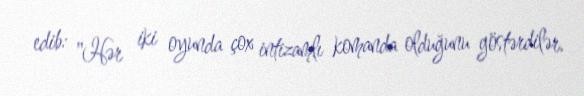
edib: "Hər iki oyunda çox intizamlı komanda olduğunu göstərdilər.